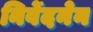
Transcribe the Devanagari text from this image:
निर्वेदनेन